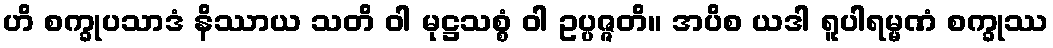
ဟိ စက္ခုပသာဒံ နိဿာယ သတိ ဝါ မုဋ္ဌသစ္စံ ဝါ ဥပ္ပဇ္ဇတိ။ အပိစ ယဒါ ရူပါရမ္မဏံ စက္ခုဿ